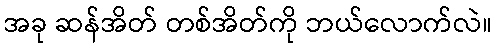
အခု ဆန်အိတ် တစ်အိတ်ကို ဘယ်လောက်လဲ။